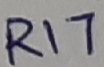
Text: R17